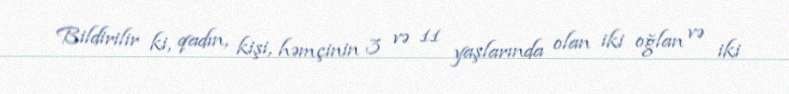
Bildirilir ki, qadın, kişi, həmçinin 3 və 11 yaşlarında olan iki oğlan və iki